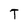
Character: T